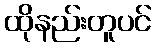
ထိုနည်းတူပင်